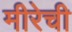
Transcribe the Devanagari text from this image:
मीरेची